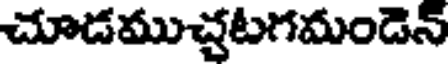
చూడముచ్చటగమండెన్